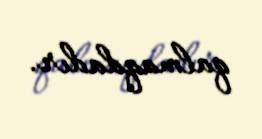
qalmaqdadır.